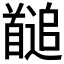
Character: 𩠱